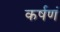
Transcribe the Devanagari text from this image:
कर्षणं